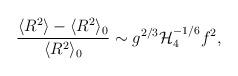
LaTeX: \begin{align*} \frac{\langle R^2 \rangle - \langle R^2 \rangle_0}{\langle R^2 \rangle_0}\sim g^{2/3} {\cal H}_4^{-1/6} f^2,\end{align*}